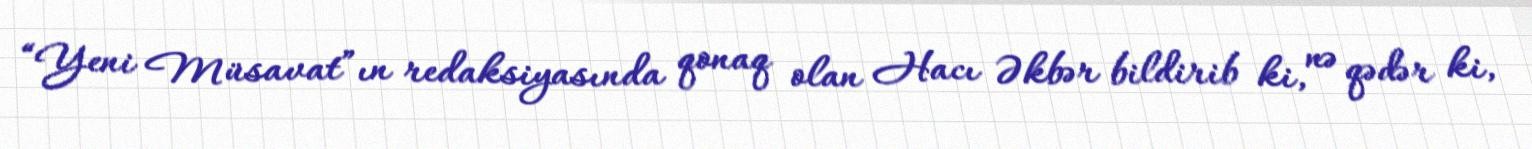
“Yeni Müsavat”ın redaksiyasında qonaq olan Hacı Əkbər bildirib ki, nə qədər ki,